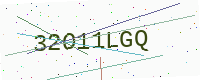
Text: 32O11LGQ